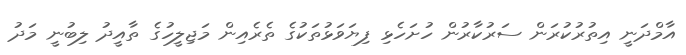
އާމްދަނީ އިތުރުކުރަން ސަރުކާރުން ހުށަހެޅި ފިޔަވަޅުތަކުގެ ތެރެއިން މަޖިލީހުގެ ތާއީދު ލިބުނީ މަދު